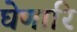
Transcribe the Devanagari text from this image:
घेणारि